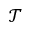
\mathcal { T }